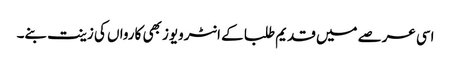
اسی عرصے میں قدیم طلبا کے انٹرویوز بھی کارواں کی زینت بنے۔